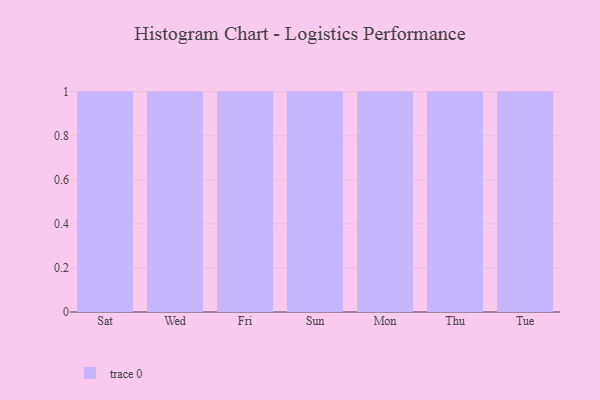
{"axis": {"x": "Day", "y": "Headcount"}, "legend": [""], "data": [{"x": "Sat", "y": 85, "type": ""}, {"x": "Wed", "y": 94, "type": ""}, {"x": "Fri", "y": 92, "type": ""}, {"x": "Sun", "y": 75, "type": ""}, {"x": "Mon", "y": 99, "type": ""}, {"x": "Thu", "y": 98, "type": ""}, {"x": "Tue", "y": 42, "type": ""}]}